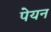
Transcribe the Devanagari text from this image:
पेयन